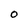
Character: O